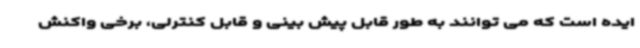
ایده است که می توانند به طور قابل پیش بینی و قابل کنترلی، برخی واکنش